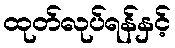
ထုတ်လုပ်ရန်နှင့်